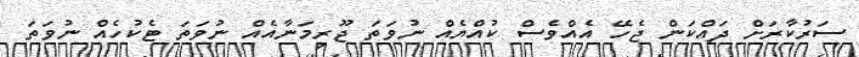
ސަރުކާރަށް ދައްކަން ޖެހޭ އެއްވެސް ކުއްޔެއް ނުވަތަ ޖޫރިމަނާއެއް ނުވަތަ ޓެކުހެއް ނުވަތަ